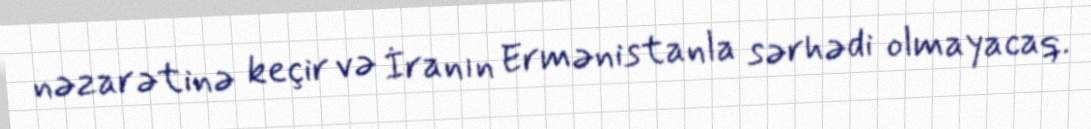
nəzarətinə keçir və İranın Ermənistanla sərhədi olmayacaq.